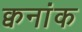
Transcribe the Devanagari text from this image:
क्वनांक